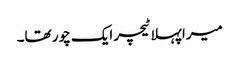
میرا پہلا ٹیچر ایک چور تھا۔